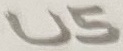
Text: U5